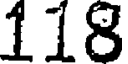
118